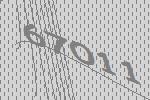
67011